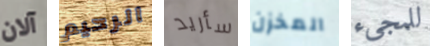
آلان الرحيم سأريد المخزن للمجيء